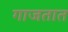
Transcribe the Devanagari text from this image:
गाजतात